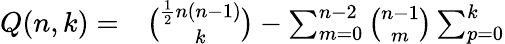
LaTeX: \begin{array}{rl}{Q(n,k)=}&{{}\binom{\frac 12n(n-1)}{k}-\sum_{m=0}^{n-2}{\binom{n-1}{m}}\sum_{p=0}^{k}}\end{array}